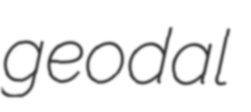
geodal